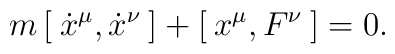
m \, [ \: \dot x^\mu, \dot x^\nu \: ] + [ \: x^\mu , F^\nu \: ] = 0 .